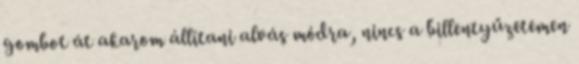
gombot át akarom állítani alvás módra, nincs a billentyűzetemen